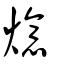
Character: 燱